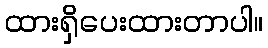
ထားရှိပေးထားတာပါ။